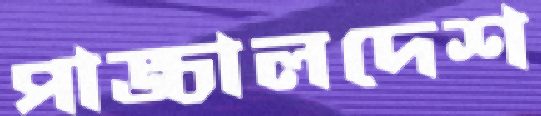
পাঙ্চালদেশ